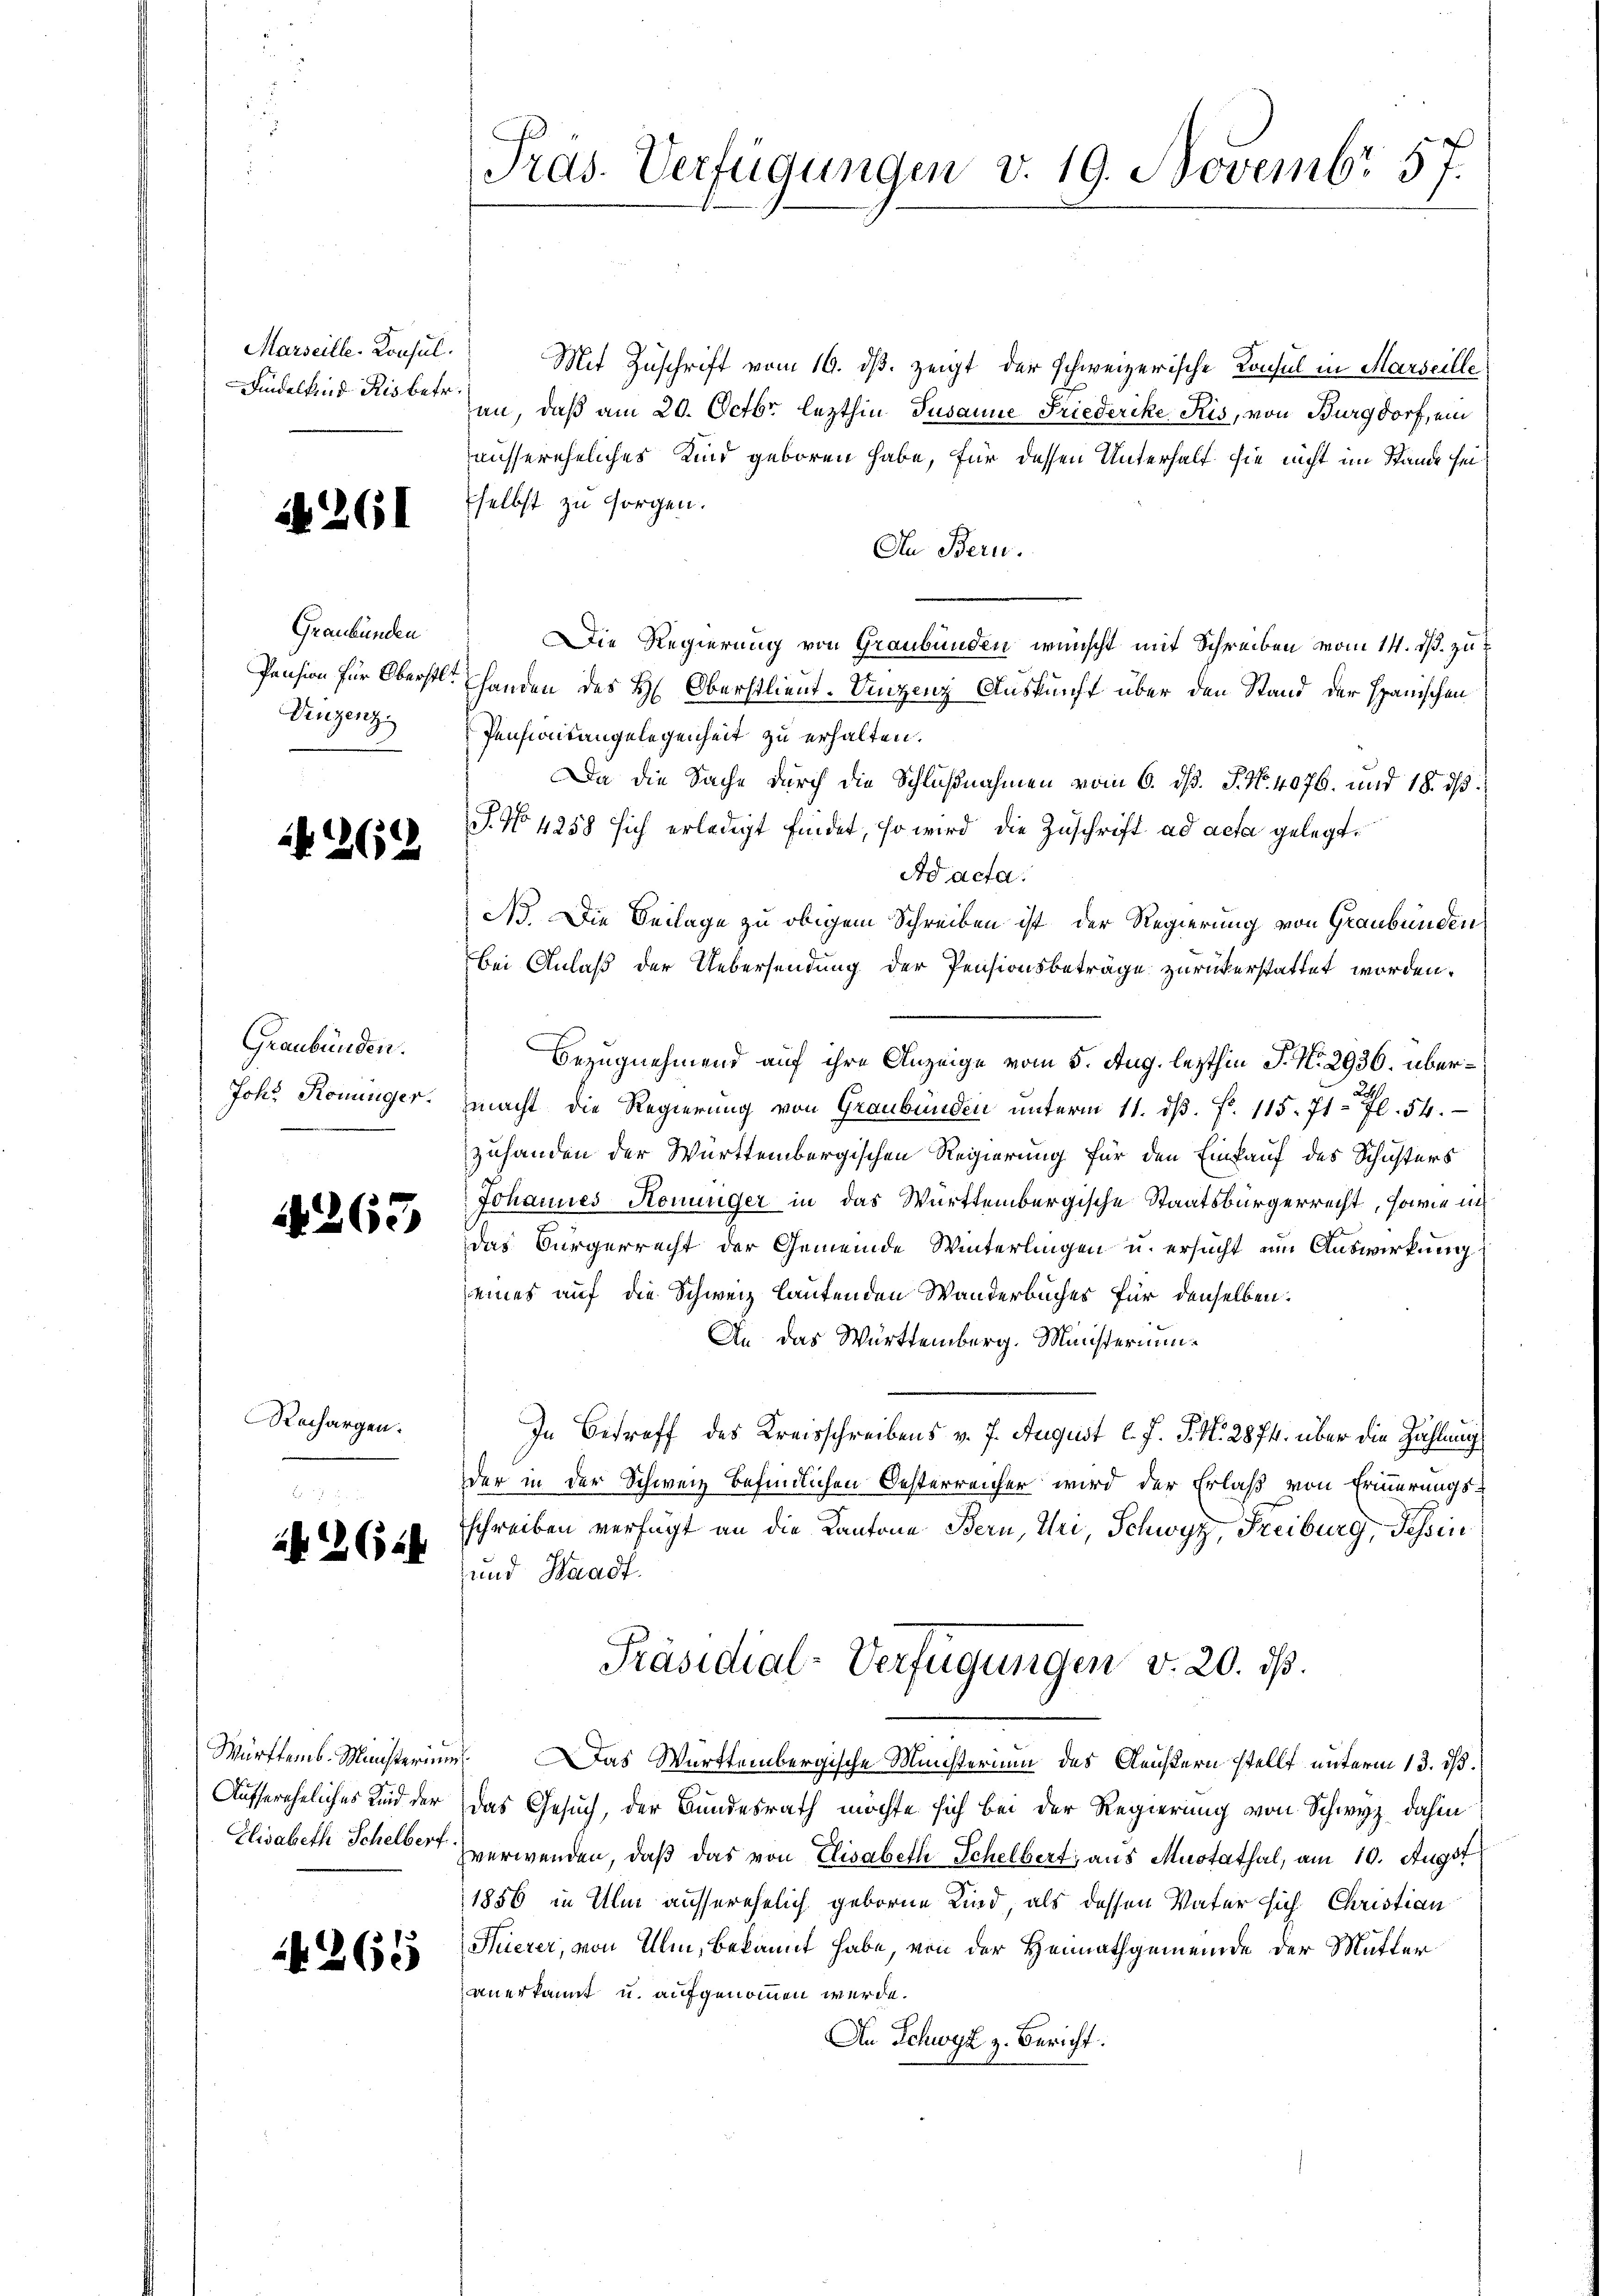
Marseille. Konsul
Findelkind Kisbetr

1261

Graubünden
Venzenz

12619

Graubünden.
Joh. Königer.

4263

Rechargen.

1644

Aufsereheliches Kind der

265

Pras. Verfügungen v. 19. Novembr 57.

Mit Zuschrift vom 16. ds. zeigt der schweizerische Konsul in Marseille
an, daß am 20. Octbr. lezthin Jusanne Friederike Kis, von Burgdorf, ein
aussereheliches Kind geboren habe, für dessen Unterhalt sie nicht im Stande sei
selbst zu sorgen.
In Bern.
Die Regierung von Graubünden wünscht mit Schreiben vom 14. ds. zu
Pension für Oberstl. Handen des H. Oberstlieut. Vinzenz Auskunft über den Stand der Spanischen
Pensionsangelegenheit zu erhalten.
Da die Sache durch die Schlußnahmen vom 6. d. J. No. 4076. und 18. dβ.
J. No 4258 sich erledigt findet, so wird die Zuschrift ad acta gelegt,
Ad acta.
No. Die Beilage zu obigem Schreiben ist der Regierung von Graubünden
bei Anlaß der Uebersendung der Pensionsbeträge zurückerstattet worden.
Bezugnehmend auf ihre Anzeige vom 5. Aug. lezthin P. Nr. 2936. übermacht die Regierung von Graubünden ŭnterm 11. dβ. f. 115. 71. 70. 54.
zuhanden der Württembergischen Regierung für den Einkauf des Schusters
Johannes Konunger in das Württembergische Staatsbürgerrecht, sowie in
Das Bürgerrecht der Gemeinde Winterlingen u. ersucht um Auswirkung
eines auf die Schweiz lautenden Wanderbücher für denselben:
An das Württemberg. Ministerium
In Betreff des Kreisschreibens v. 7. August l. J. J. N. 2874. über die Zahlung
der in der Schweiz befindlichen Oesterreicher wird der Erlaß von Erinnerungs-
schreiben verfügt an die Kantone Bern, Uri, Schwyz, Freiburg, Tessin
und Waadt.
Präsidial-Verfügungen v. 20. ds.
Württemb. Ministerium. Das Württembergische Ministerium des Geistern stellt unterm 13. ds.
das Gesuch, der Bundesrath möchte sich bei der Regierung von Schwyz dahin
Elisabeth Schelber verwenden, daß das von Elisabeth Schelbert, aus Mutathal, am 10. Augst
1856 in Ulm ausserehelich geborne Kind, als dessen Vater sich Christian
Huerer, von Ulm, bekannt habe, von der Heimathgemeinde der Mutter
anerkannt u. aufgenommen werde.
An Schwyz z. Bericht.